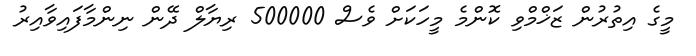
މީގެ އިތުރުން ޒަޚްމްވި ކޮންމެ މީހަކަށް ވެސް 500000 ރިޔާލް ދޭން ނިންމާފައިވާއިރު